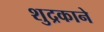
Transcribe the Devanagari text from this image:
शुद्रकाने